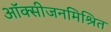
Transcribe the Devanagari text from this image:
ऑक्सीजनमिश्रित